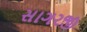
સાગરજી